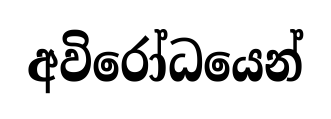
අවිරෝධයෙන්